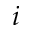
i